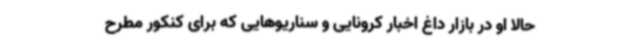
حالا او در بازار داغ اخبار کرونایی و سناریوهایی که برای کنکور مطرح